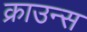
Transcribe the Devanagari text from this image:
क्राउन्स